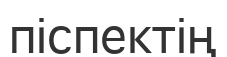
піспектің